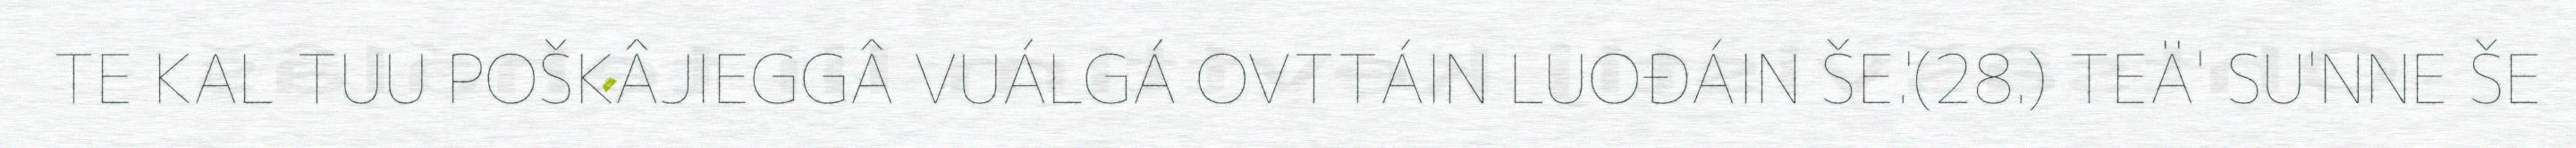
TE KAL TUU POŠKÂJIEGGÂ VUÁLGÁ OVTTÁIN LUOĐÁIN ŠE.'(28.) TEÄ' SU'NNE ŠE